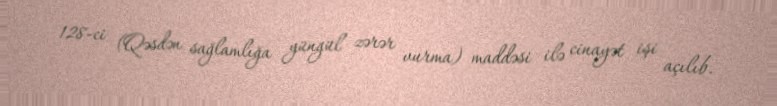
128-ci (Qəsdən sağlamlığa yüngül zərər vurma) maddəsi ilə cinayət işi açılıb.